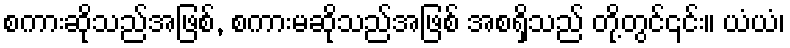
စကားဆိုသည်အဖြစ်, စကားမဆိုသည်အဖြစ် အစရှိသည် တို့တွင်၎င်း။ ယံယံ၊